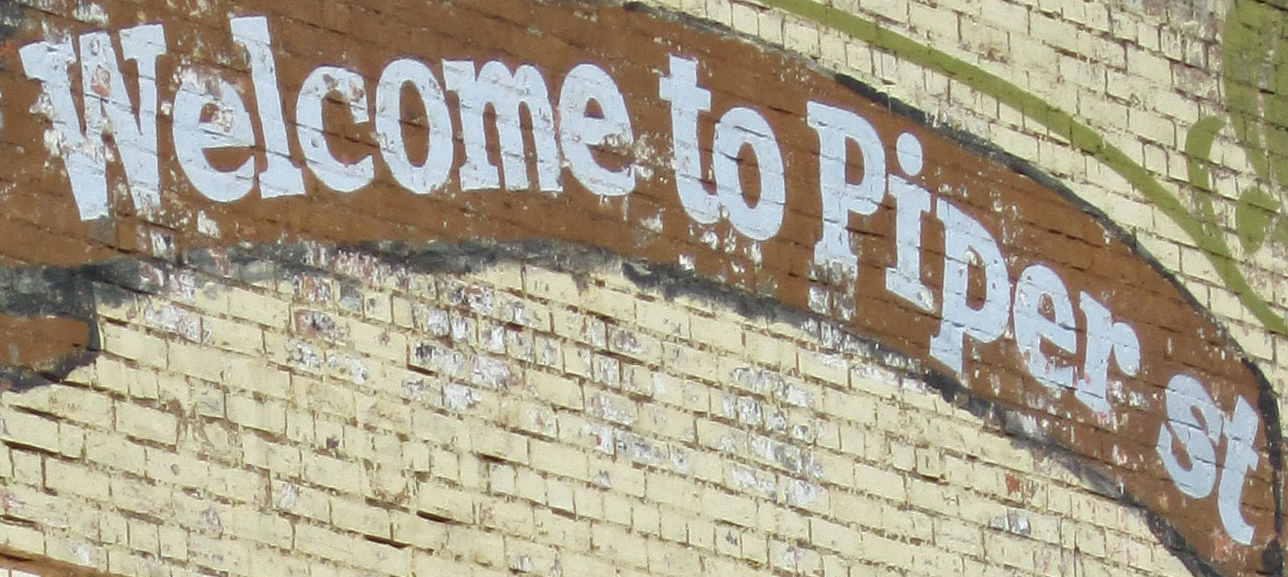
Welcome to Piper st